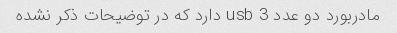
مادربورد دو عدد usb 3 دارد که در توضیحات ذکر نشده